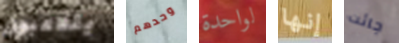
يتلاعبون وحدهم لواحدة إنها جائت